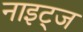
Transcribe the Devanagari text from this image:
नाइट्ज